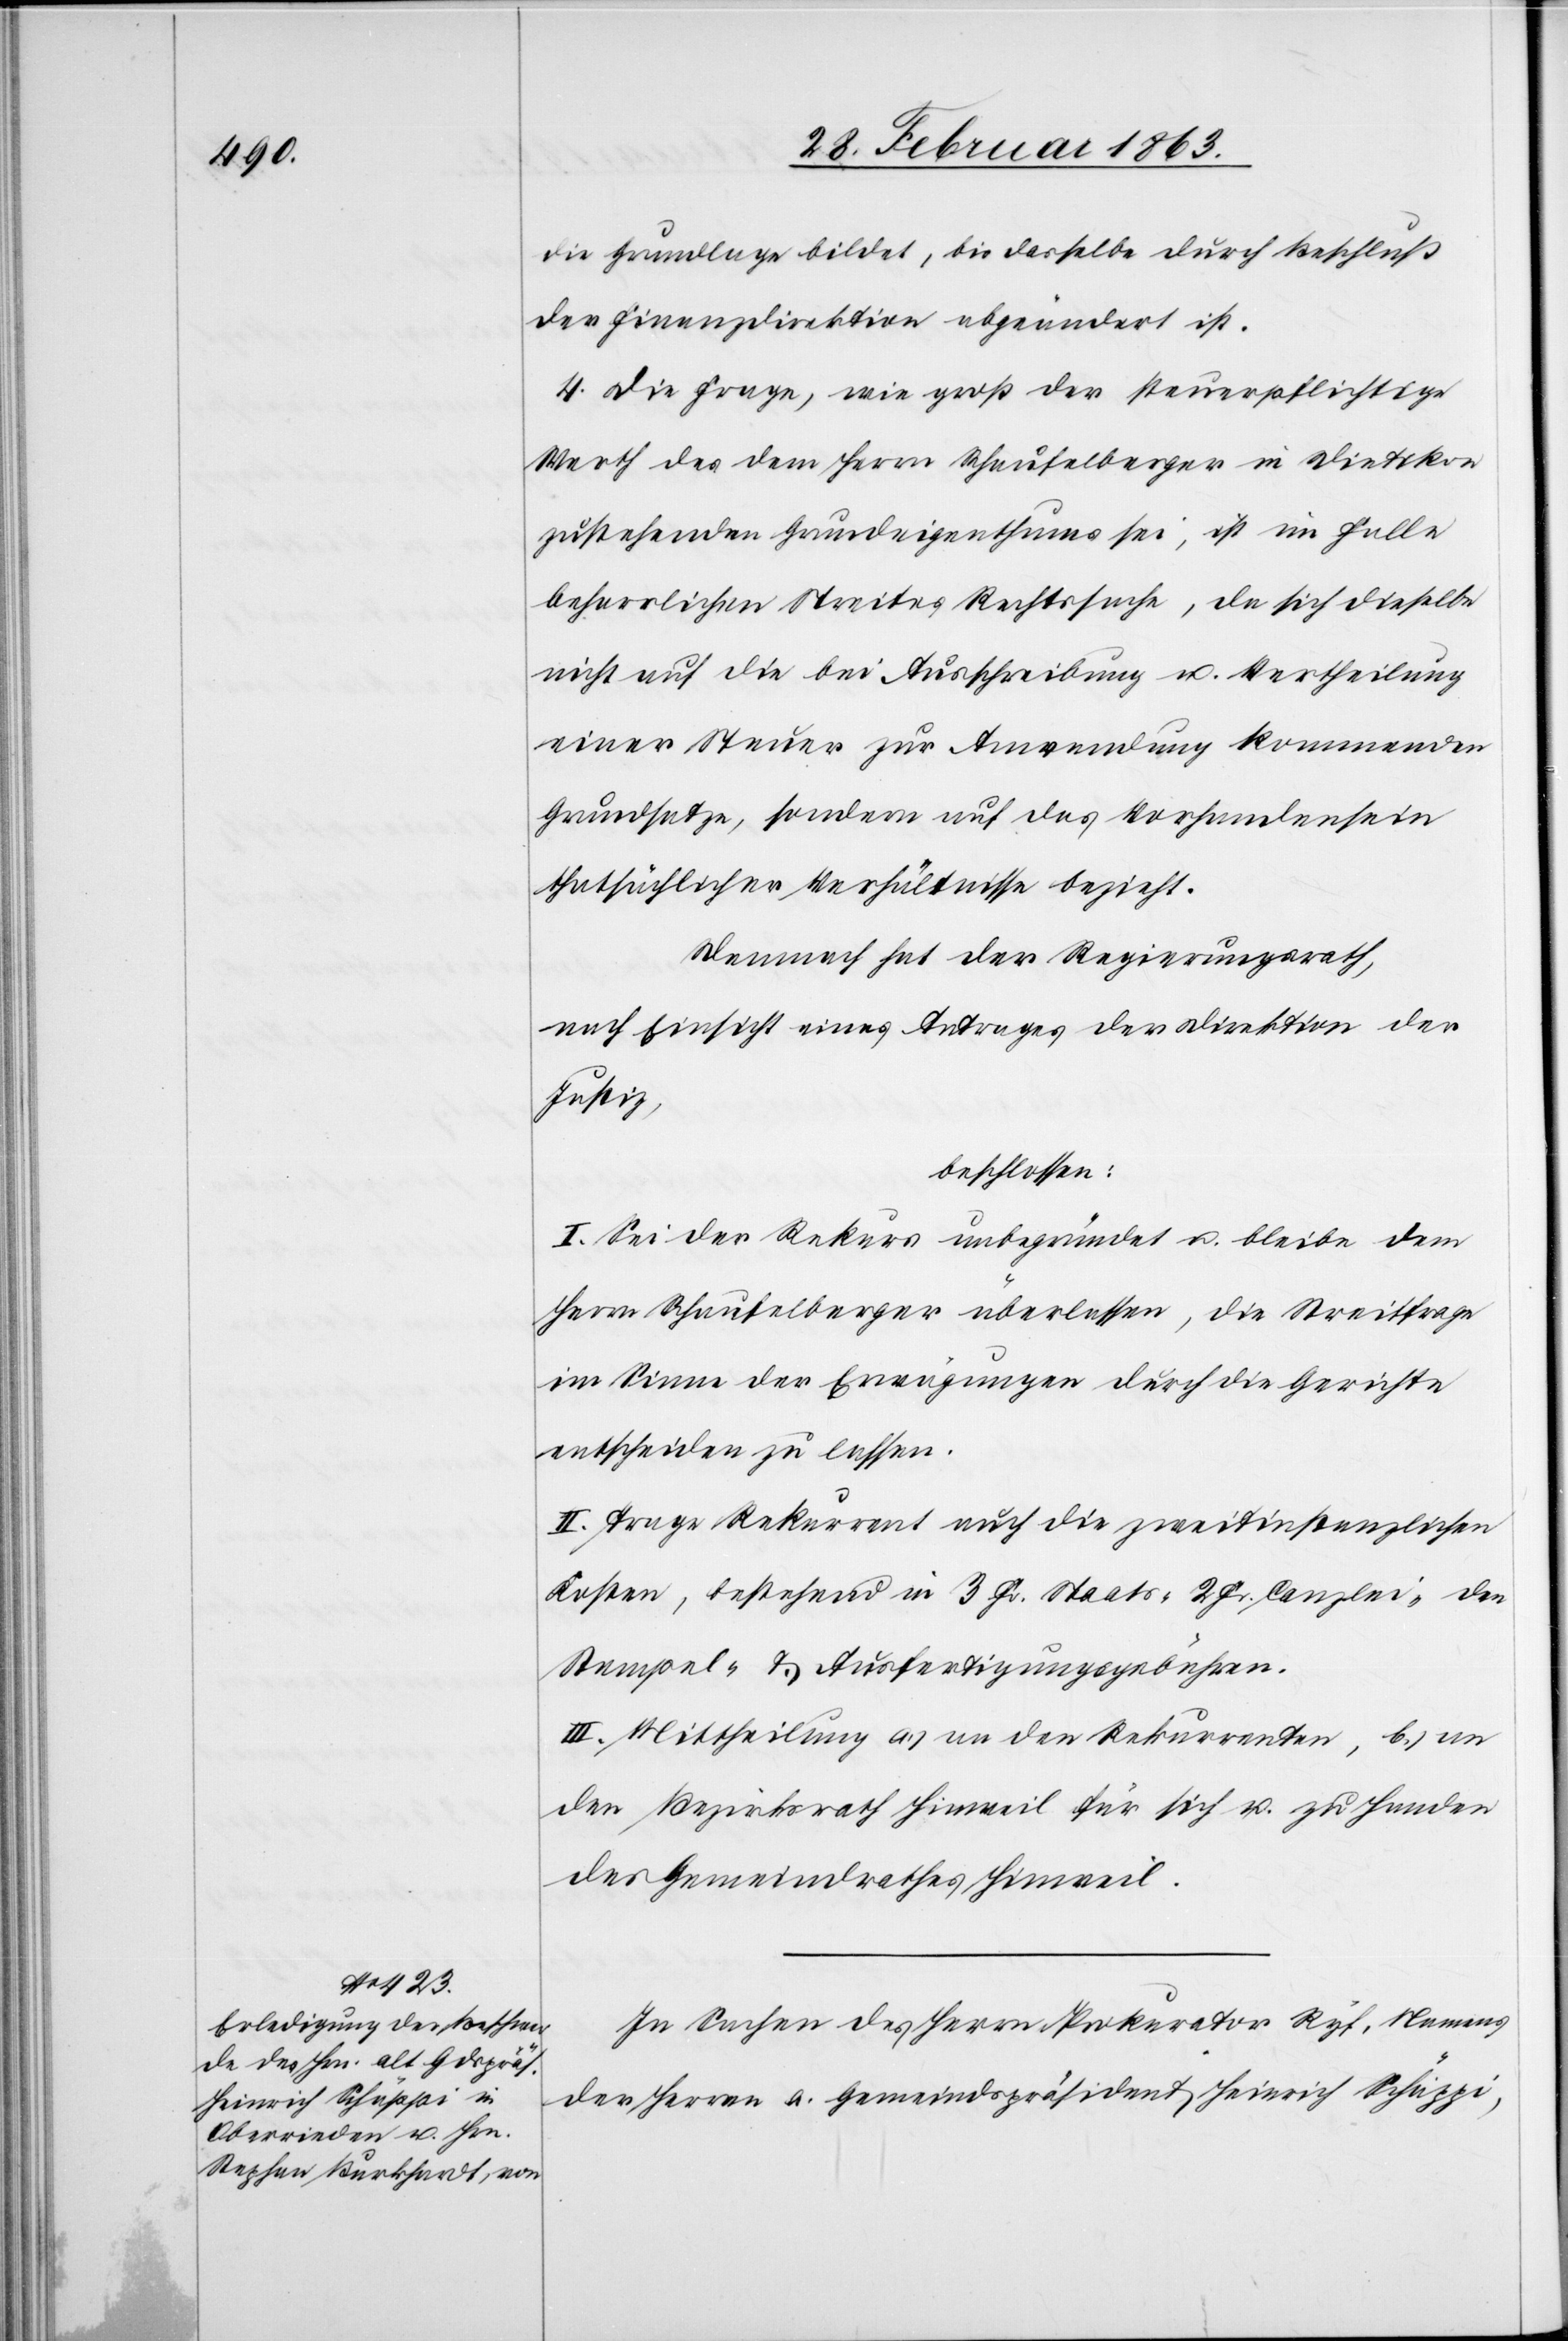
die Grundlage bildet, bis dasselbe durch Beschluß
der Finanzdirektion abgeändert ist.
4. Die Frage, wie groß der steuerpflichtige
Werth des dem Herrn Schaufelberger in Dietikon
zustehenden Grundeigenthums sei, ist im Falle
beharrlichen Streites Rechtssache, da sich dieselbe
nicht auf die bei Ausschreibung u. Vertheilung
einer Steuer zur Anwendung kommenden
Grundsatze [sic!], sondern auf das Vorhandensein
thatsächlicher Verhältnisse bezieht.
Demnach hat der Regierungsrath,
nach Einsicht eines Antrages der Direktion der
Justiz,
beschlossen:
I. Sei der Rekurs unbegründet u. bleibe dem
Herrn Schaufelberger überlassen, die Streitfrage
im Sinne der Erwägungen durch die Gerichte
entscheiden zu lassen.
II. Trage Rekurrent auch die zweitinstanzlichen
Kosten, bestehend in 3 Fr. Staats-[,] 2 Fr. Canzlei-[,] den
Stempel- & Ausfertigungsgebühren.
III. Mittheilung a.) an den Rekurrenten, b.) an
den Bezirksrath Hinweil für sich u. zu Handen
des Gemeindrathes Hinweil.
In Sachen des Herrn Prokurator Ryf, Namens
der Herren a. Gemeindspräsident Heinrich Schäppi,